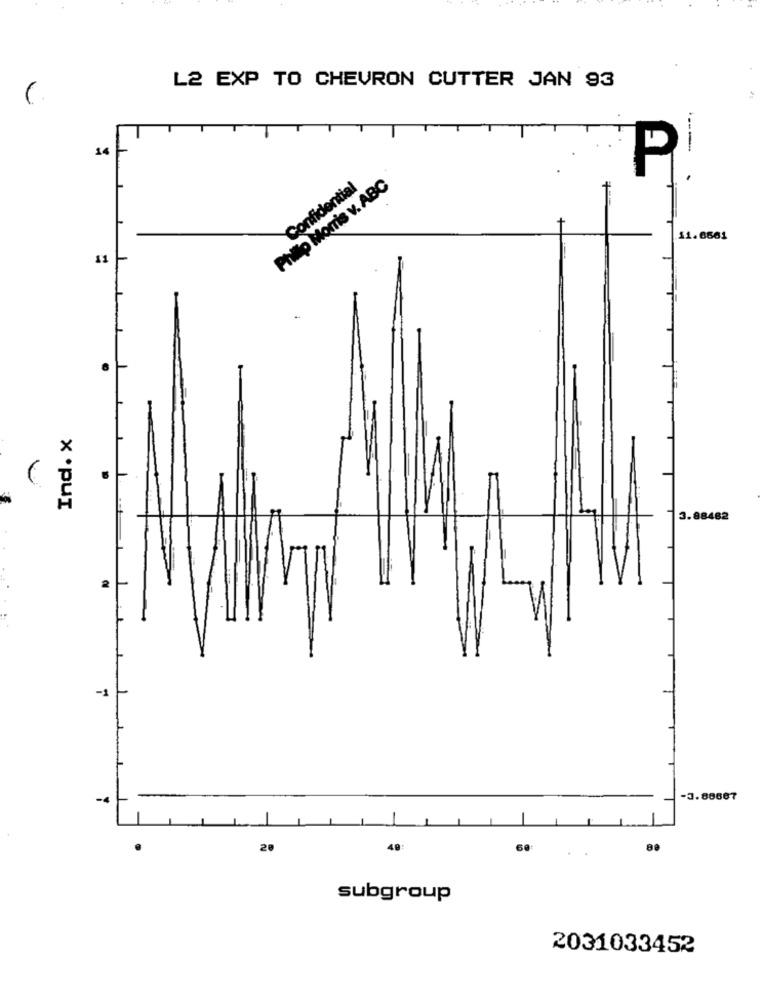
L2 EXP TO CHEVRON CUTTER JAN 93
14
.---
P
Philip Morris v. ABC
Confidential
11.6661
11
Ind. X
3.88482
2
-1
-4
-3.88687
20
40:
60
.
80
subgroup
2031033452